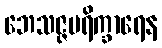
ဘေသဇ္ဇပရိက္ခာရေန